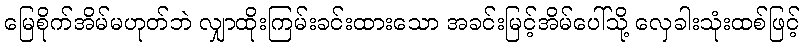
မြေစိုက်အိမ်မဟုတ်ဘဲ လျှာထိုးကြမ်းခင်းထားသော အခင်းမြင့်အိမ်ပေါ်သို့ လှေခါးသုံးထစ်ဖြင့်